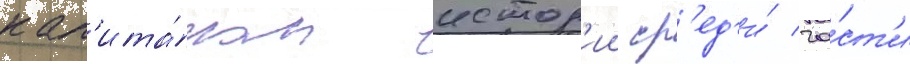
кап'ита́ном истор'ии ср'ед'и́ ча́ст'и